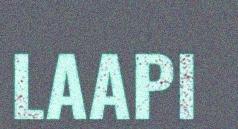
LAAPI